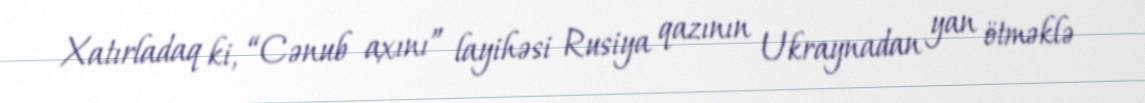
Xatırladaq ki, “Cənub axını” layihəsi Rusiya qazının Ukraynadan yan ötməklə